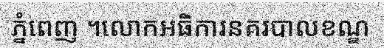
ភ្នំពេញ ។លោកអធិការនគរបាលខណ្ឌ